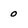
Character: 0